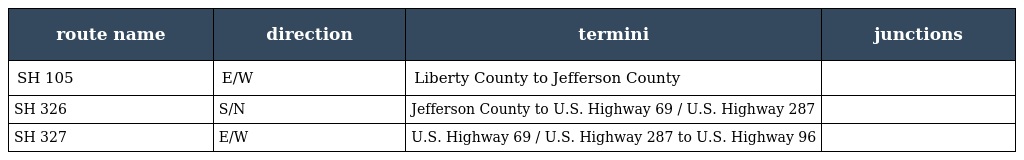
| route name | direction | termini | junctions |
 | --- | --- | --- | --- |
 | SH 105 | E/W | Liberty County to Jefferson County |  |
 | SH 326 | S/N | Jefferson County to U.S. Highway 69 / U.S. Highway 287 |  |
 | SH 327 | E/W | U.S. Highway 69 / U.S. Highway 287 to U.S. Highway 96 |  |